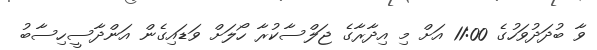
ވާ ބުދަދުވަހުގެ 11:00 އަށް މި އިދާރާގެ ޖަލްސާކުރާ ހޯލަށް ވަޑައިގެން އަންދާސީހިސާބު